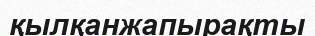
қылқанжапырақты